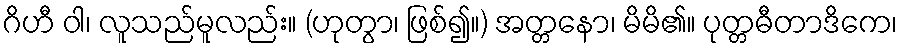
ဂိဟီ ဝါ၊ လူသည်မူလည်း။ (ဟုတွာ၊ ဖြစ်၍။) အတ္တနော၊ မိမိ၏။ ပုတ္တဓီတာဒိကေ၊